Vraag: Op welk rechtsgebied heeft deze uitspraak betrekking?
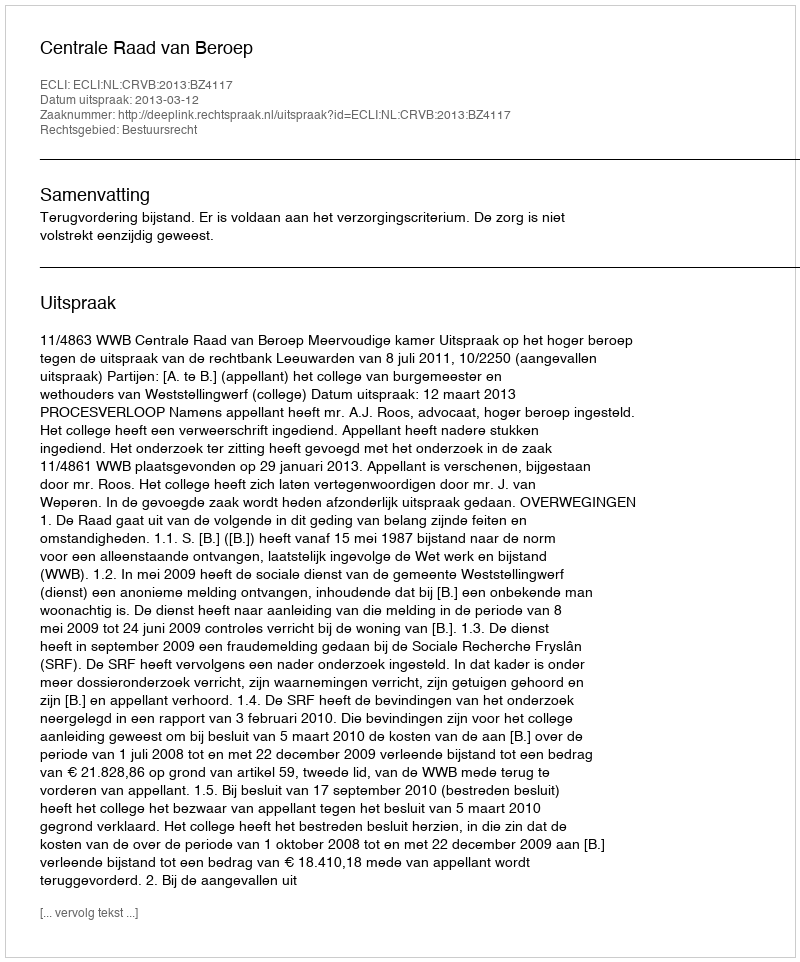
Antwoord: Bestuursrecht